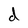
Character: d